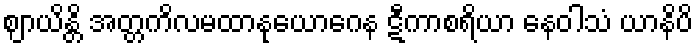
ဈာယိန္တိ အတ္တကိလမထာနုယောဂေန ဋီကာစရိယာ နေဝါသံ ယာနိပိ